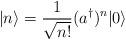
LaTeX: \begin{align*}|n\rangle=\frac{1}{\sqrt{n!}}(a^\dagger)^n|0\rangle\end{align*}